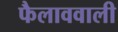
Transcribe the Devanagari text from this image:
फैलाववाली